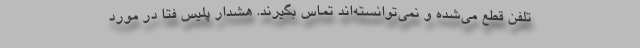
تلفن قطع می‌شده و نمی‌توانسته‌اند تماس بگیرند. هشدار پلیس فتا در مورد